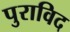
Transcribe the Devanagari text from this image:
पुराविद